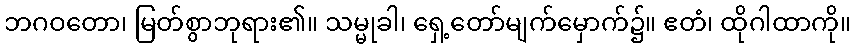
ဘဂဝတော၊ မြတ်စွာဘုရား၏။ သမ္မုခါ၊ ရှေ့တော်မျက်မှောက်၌။ ဧတံ၊ ထိုဂါထာကို။